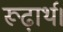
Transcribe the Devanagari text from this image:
रूढ़ार्थ।